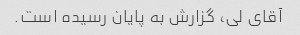
آقای لی، گزارش به پایان رسیده است.